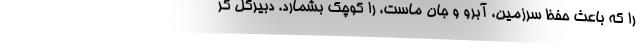
را که باعث حفظ سرزمین، آبرو و جان ماست، را کوچک بشمارد. دبیرکل گر